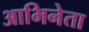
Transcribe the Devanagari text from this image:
आभिनेता